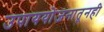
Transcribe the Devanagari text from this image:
उपाययोजनातूनही